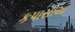
કપાસીયા